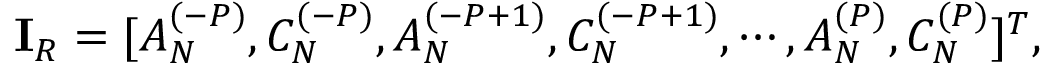
\mathbf { I } _ { R } = [ A _ { N } ^ { ( - P ) } , C _ { N } ^ { ( - P ) } , A _ { N } ^ { ( - P + 1 ) } , C _ { N } ^ { ( - P + 1 ) } , \cdots , A _ { N } ^ { ( P ) } , C _ { N } ^ { ( P ) } ] ^ { T } ,